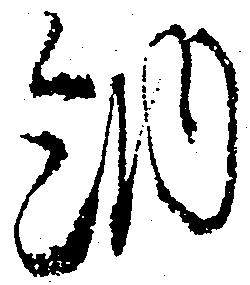
納